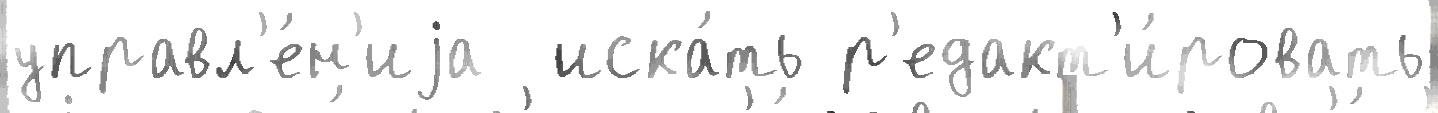
управл'е́н'иjа  иска́ть р'едакт'и́ровать